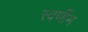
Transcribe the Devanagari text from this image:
स्वर्णीम